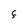
Character: F